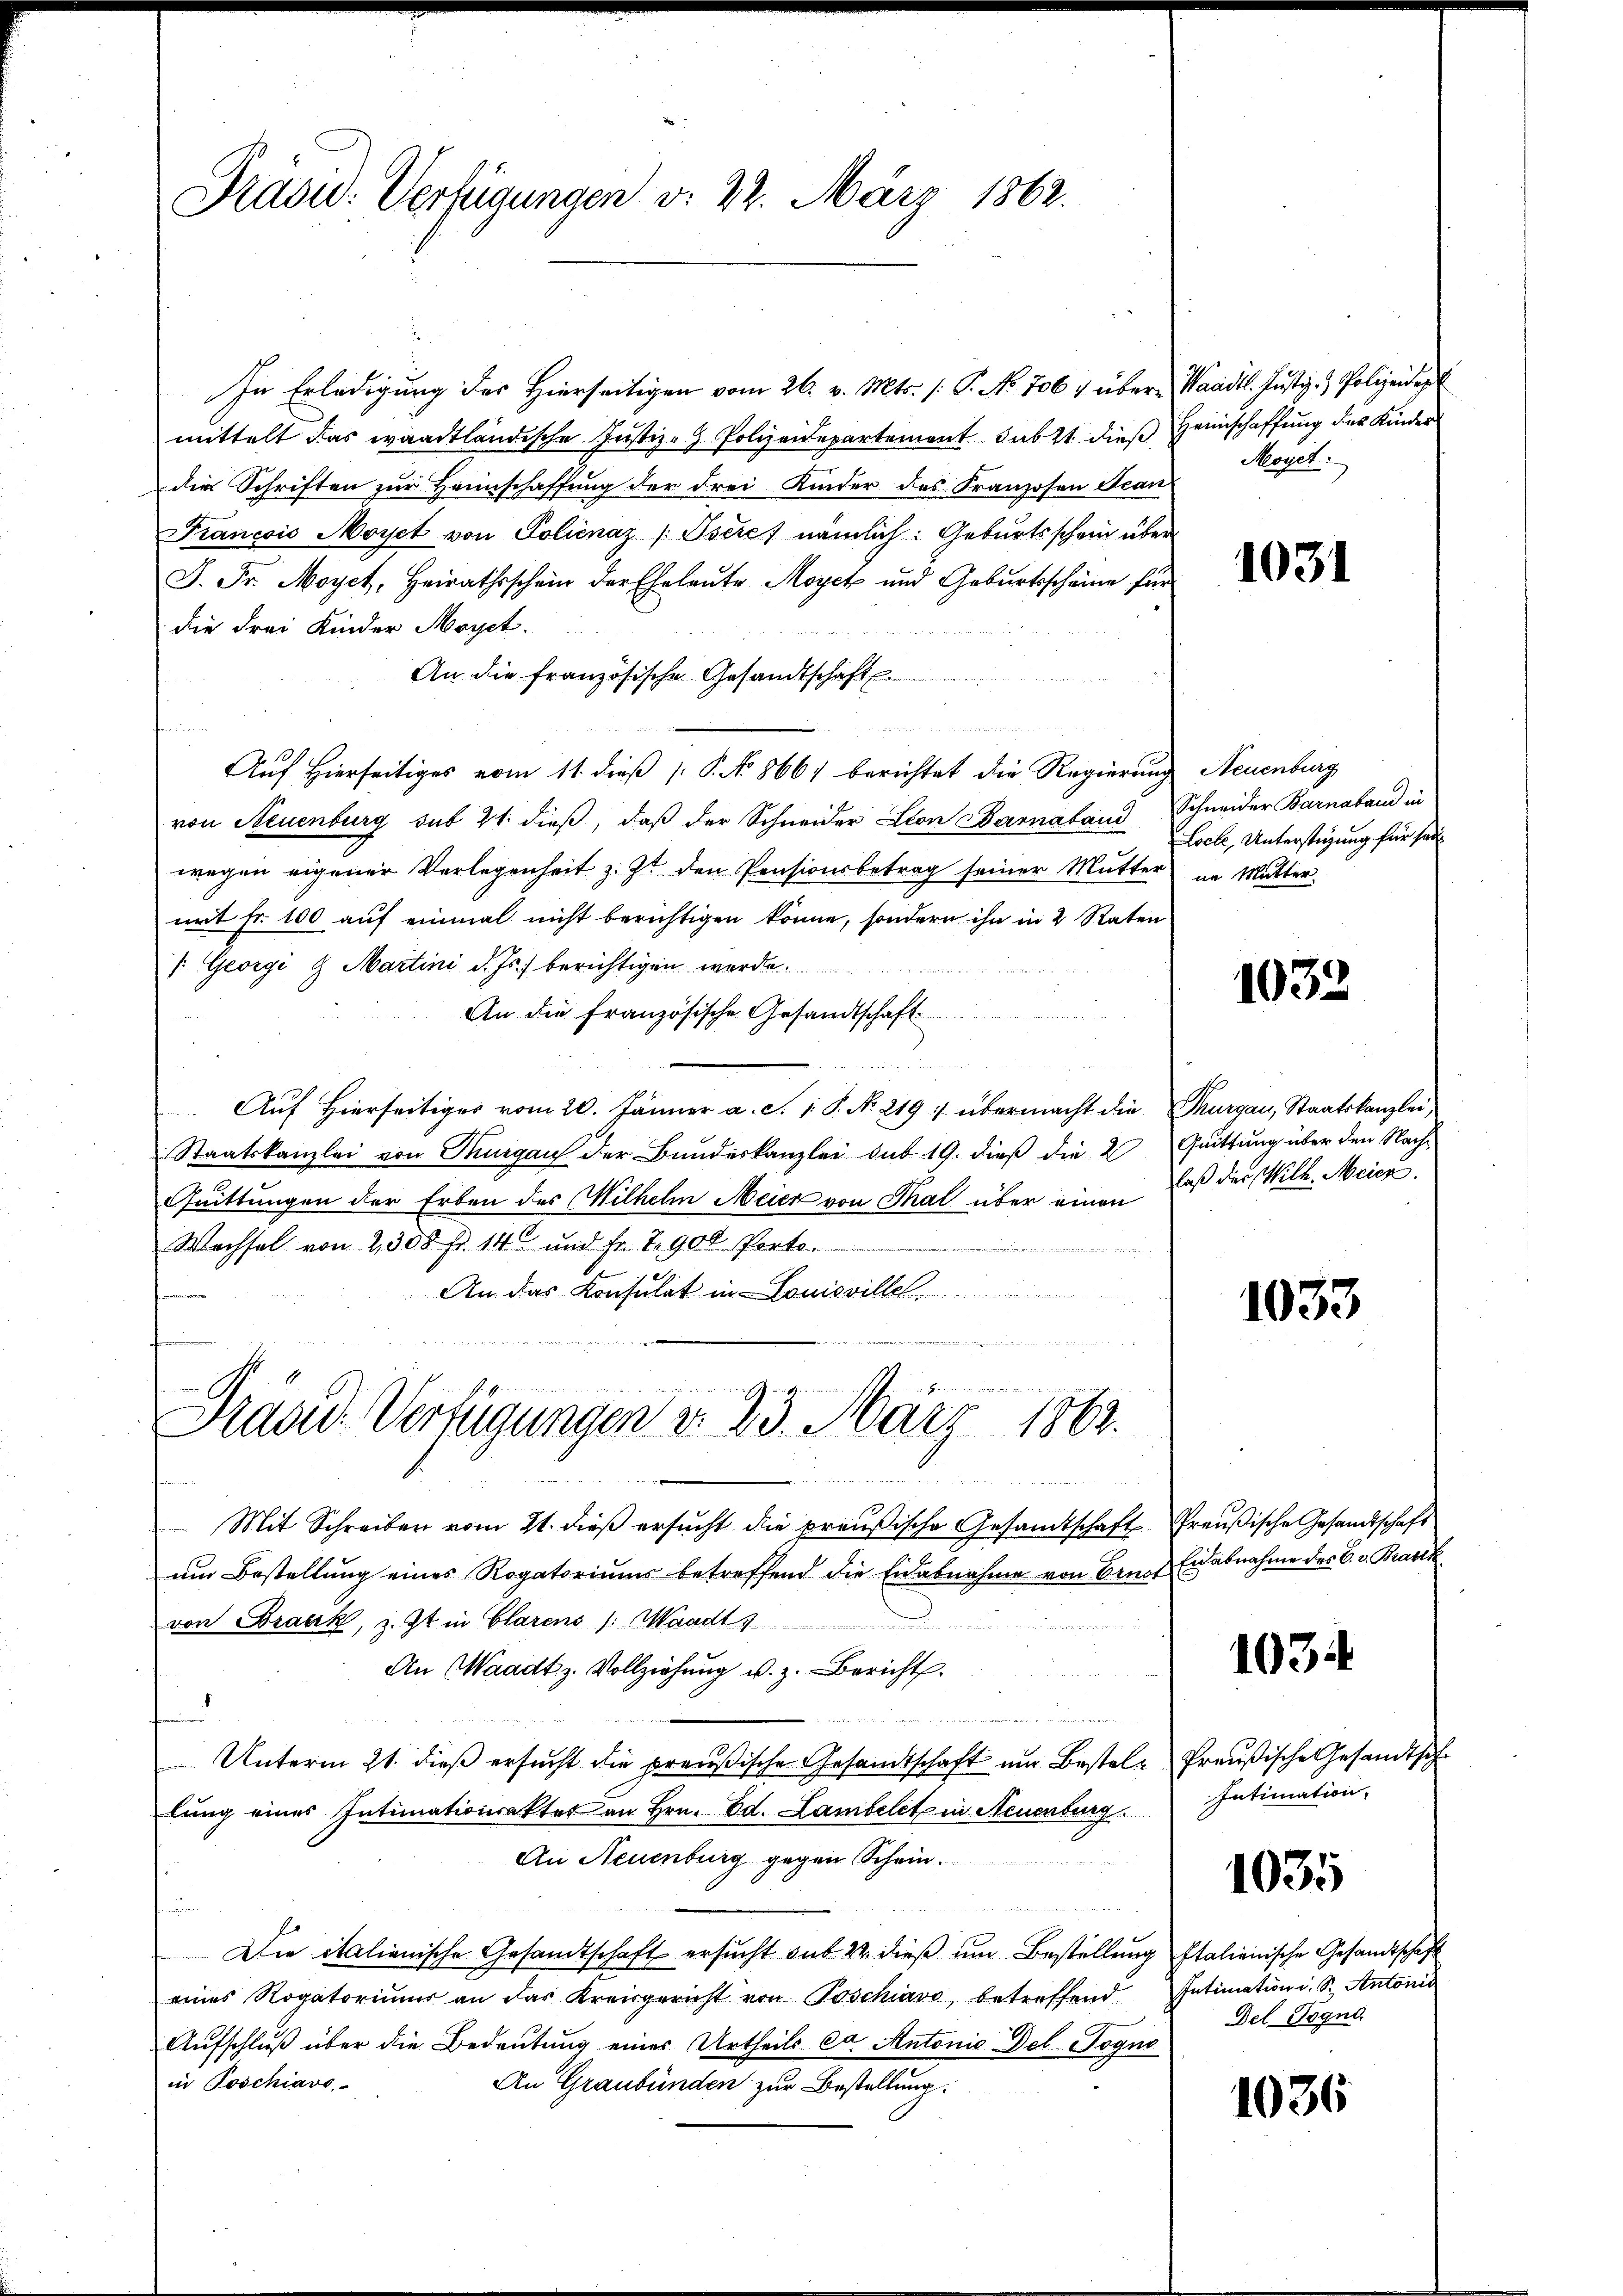
Präsid. Verfügungen d. 22. März 1862.

In Erledigung des Hierseitigen vom 26. v. Mts. (: P. No 706 & über Waadt. Justiz- & Polizeides
mittelt das waadtländische Justiz- Polizeidepartement subst dieß Heimschaffung des Kinder
die Schriften zur Heimschaffung der Frei Kinder des Franzosen Scan
Francois Moyet von Polienaz /:Iseres nämlich: Geburtsschein über
J. Fr. Moyet, Heirathsschein der Eheleute Moyet und Gebŭrtsscheine für
die drei Kinder Moyet.
An die französische Gesandtschaft
Auf Hierseitiges vom 11. dieß P. No 866) berichtet die Regierung Neuenburg
von Neuenburg sub 21. dieß, daß der Schneider Leon Darnaband Schneider Barnaband in
wegen eigener Verlegenheit z. Zt. den Pensionsbetrag seiner Mŭtter in Mutter.
mit Fr. 100 auf einmal nicht berichtigen könne, sondern ihn in 2 Raten
/: Georgi & Martini d. Js. berichtigen werde
An die französische Gesandtschaft
Auf Hierseitiges vom 20. Jänner a. c. 1 S. N. 219 : übermacht die Thurgau, Staatskanzlei,
Staatskanzlei von Thurgau der Bundeskanzlei sub 19. dieß die 2 Quittung über den Nach¬
Quittungen der Erben des Wilhelm Meier von Thal über einen laß der Wilh. Meier
Wechsel von 2, 300 fr. 14 und Fr. 7. 900 Porto.

An das Konsulat in Louisville
.

Prasid. Verfügungen d. 23. März 1863.
e
d

Mit Schreiben vom 21. dieß ersucht die preußische Gesamtschaft freußische Gesandtschaft
ŭm Bestellŭng eines Rogatoriŭms betreffend die Eidabnahme von Brust Eiabnahme des C. v. Bank
von Brack, z. Zt. in Clarens /: Waadt,
An Waadt z. Vollziehung u. z. Bericht.
und
n
Unterm 21. dieß ersucht die preußische Gesandtschaft und Bestellung eines Intimationsakter an Hrn. Ed. Lambelet in Neuenburg
An Neuenburg gegen Schein.
u
Die italienische Gesandtschaft ersucht sub 22. dieß um Bestellung Italienische Gesandtschaft
eines Rogatoriums an das Kreisgericht von Poschiavo, betreffend Intimation i. S. Antonis
Aufschluß über die Bedeutung eines Urtheils ca Antonie Del Togno
in Poschiavo,
An Graubünden zur Bestellung.

Meoyet

1031

Locte, Unterstüzung für sei

1032

1033

1034

Preußische Gesandtsch
Intimation

1035

Del- Gogno.

1036